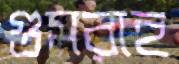
গুমরাহ